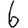
Digit: 6